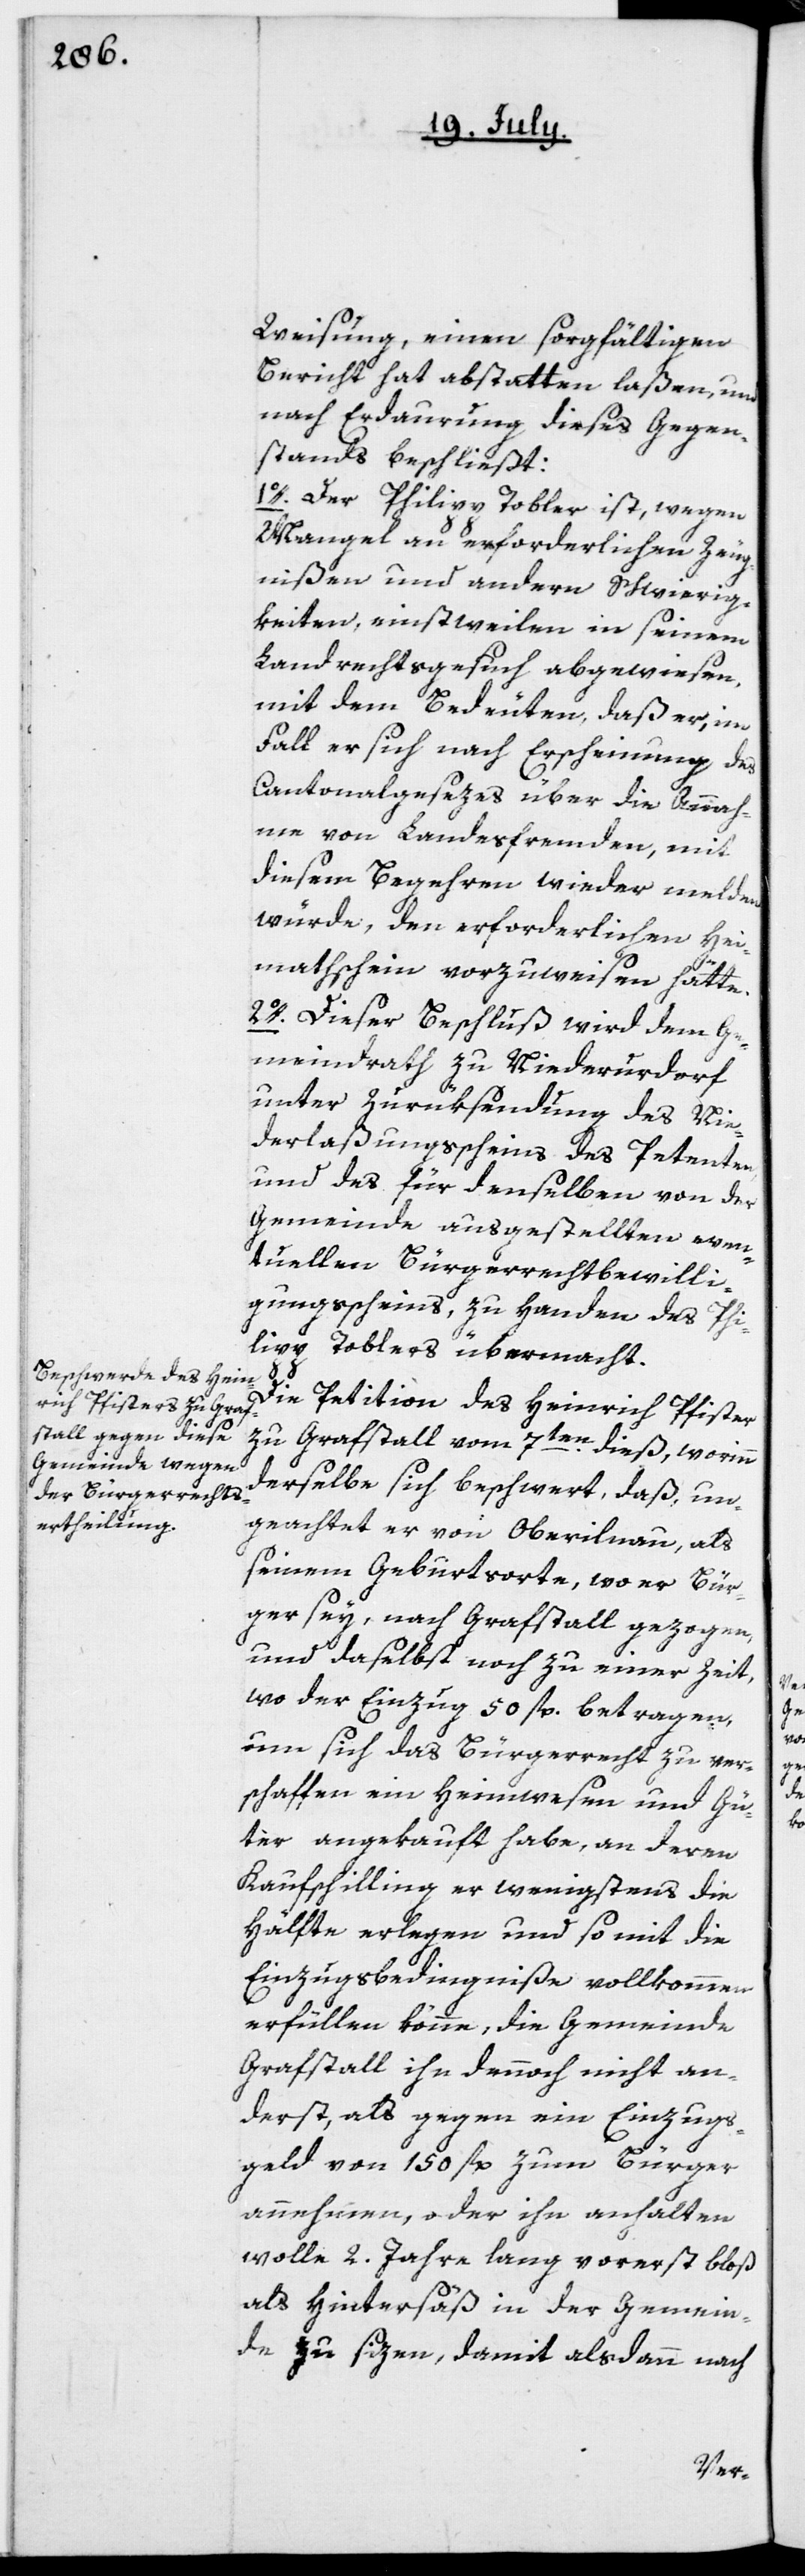
Weisung, einen sorgfältigen
Bericht hat abstatten laßen, und
nach Erdaurung dieses Gegen¬
stands beschließt:
1o. Der Philipp Tobler ist, wegen
Mangel an erforderlichen Zeug¬
nißen und andern Schwierig¬
keiten, einstweilen in seinem
Landrechtsgesuch abgewiesen,
mit dem Bedeuten, daß er, im
Fall er sich nach Erscheinung des
Cantonalgesezes über die Annah¬
me von Landesfremden, mit
diesem Begehren wieder melden
würde, den erforderlichen Hei¬
mathschein vorzuweisen hätte.
2o. Dieser Beschluß wird dem Ge¬
meindrath zu Niederurdorf
unter Zurüksendung des Nie¬
derlaßungsscheins des Petenten
und des für denselben von der
Gemeinde ausgestellten even¬
tuellen Bürgerrechtsbewilli¬
gungsschein zu Handen des Phi¬
lipp Toblers übermacht.
Die Petition des Heinrich Pfister
zu Grafstall vom 7ten dieß, worinn
derselbe sich beschwert, daß, un¬
geachtet er von Oberilnau, als
seinem Geburtsorte, wo er Bür¬
ger sey, nach Grafstall gezogen,
und daselbst noch zu einer Zeit,
wo der Einzug 50 fl. betragen,
um sich das Bürgerrecht zu ver¬
schaffen, ein Heimwesen und Gü¬
ter angekauft habe, an deren
Kaufschilling er wenigstens die
Hälfte erlegen und so mit die
Einzugsbedingniße vollkommen
erfüllen könne, die Gemeinde
Grafstall ihn dennoch nicht an¬
derst, als gegen ein Einzugs¬
geld von 150 fl. zum Bürger
annehmen, oder ihn anhalten
wolle, 2. Jahre lang vorerst bloß
als Hintersäß in der Gemein¬
de zu sizen, damit alsdann nach